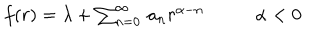
\begin{array} { c c } { { f ( r ) = \lambda + \sum _ { n = 0 } ^ { \infty } \, a _ { n } r ^ { \alpha - n } ~ ~ } } & { { ~ ~ \alpha < 0 } } \\ \end{array}